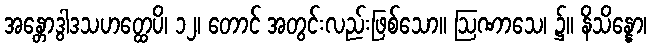
အန္တောဒွါဒသဟတ္ထေပိ၊ ၁၂၊ တောင် အတွင်းလည်းဖြစ်သော။ ဩဏာသေ၊ ၌။ နိသိန္နော၊